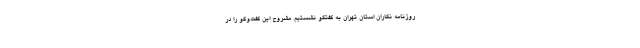
روزنامه نگاران استان تهران به گفتگو نشستیم. مشروح این گفت‌وگو را در